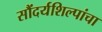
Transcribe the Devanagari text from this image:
सौंदर्यशिल्पांचा